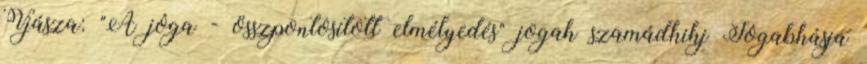
Vjásza: "A jóga - összpontosított elmélyedés" jogah szamádhihj Jógabhásja